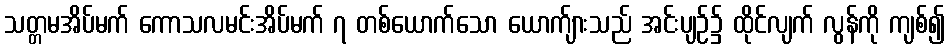
သတ္တမအိပ်မက် ကောသလမင်းအိပ်မက် ၇ တစ်ယောက်သော ယောက်ျားသည် အင်းပျဉ်၌ ထိုင်လျက် လွန်ကို ကျစ်၍